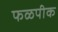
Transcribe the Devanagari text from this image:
फळपीक